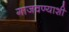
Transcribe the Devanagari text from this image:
गाजवण्याशी